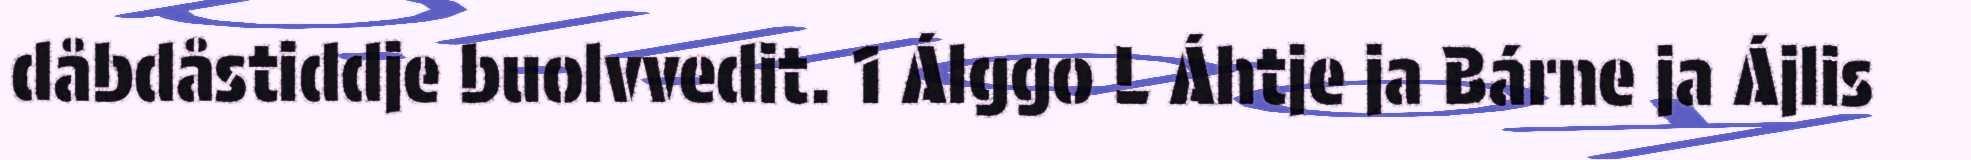
dåbdåstiddje buolvvedit. 1 Álggo L Áhtje ja Bárne ja Ájlis